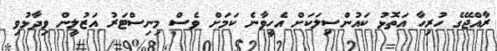
ރާއްޖޭގެ ހުރިހާ އަތޮޅު ކައުންސިލަކަށް އެހީވާނެ ކަމަށް ވެސް މިނިސްޓަރު އަޒުލީން ވިދާޅުވި